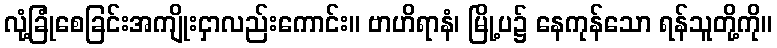
လုံ့ခြုံစေခြင်းအကျိုးငှာလည်းကောင်း။ ဗာဟိရာနံ၊ မြို့ပ၌ နေကုန်သော ရန်သူတို့ကို။